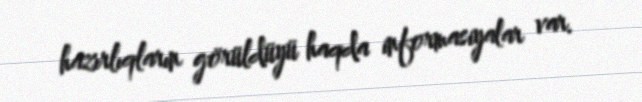
hazırlıqların görüldüyü haqda informasiyalar var.